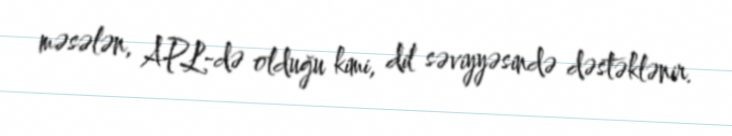
məsələn, APL-də olduğu kimi, dil səviyyəsində dəstəklənir.